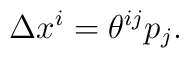
\Delta x^i = \theta^{ij} p_j.